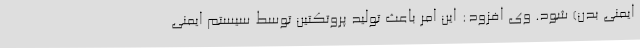
ایمنی بدن) شود. وی افزود: این امر باعث تولید پروتکتین توسط سیستم ایمنی